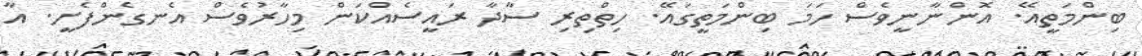
ބިންމަތީއޭ. އޮންނާނީވެސް ހަމަ ބިންމަތީގައޭ. ހިތްތިރި ސާދާ ރައީސެއްކަން މިހާރުވެސް އެނގެންފެށީ. އާ